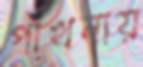
পাখনায়